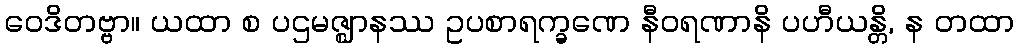
ဝေဒိတဗ္ဗာ။ ယထာ စ ပဌမဇ္ဈာနဿ ဥပစာရက္ခဏေ နီဝရဏာနိ ပဟီယန္တိ, န တထာ